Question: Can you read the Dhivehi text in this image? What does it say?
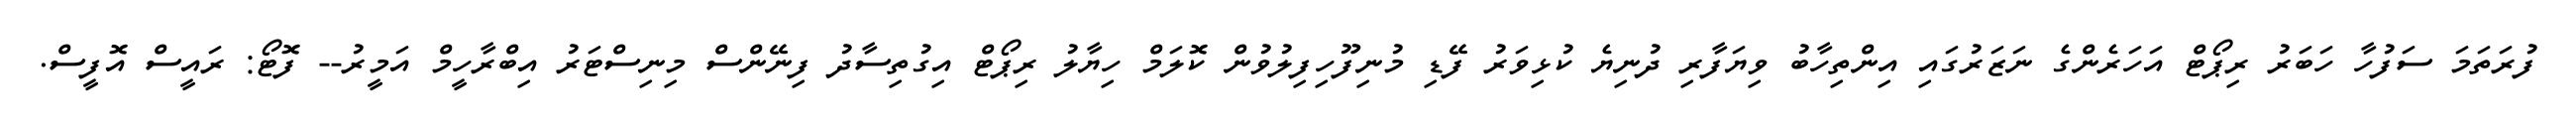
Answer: ފުރަތަމަ ސަފުހާ ހަބަރު ރިޕޯޓް އަހަރެންގެ ނަޒަރުގައި އިންތިހާބު ވިޔަފާރި ދުނިޔެ ކުޅިވަރު ފޭޑި މުނިފޫހިފިލުވުން ކޮލަމް ހިޔާލު ރިޕޯޓް އިގުތިސާދު ފިނޭންސް މިނިސްޓަރު އިބްރާހީމް އަމީރު-- ފޮޓޯ: ރައީސް އޮފީސް.